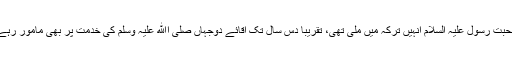
محبت رسول علیہ السلام انہیں ترکہ میں ملی تھی، تقریبا دس سال تک آقائے دوجہاں صلی اﷲ علیہ وسلم کی خدمت پر بھی مامور رہے۔